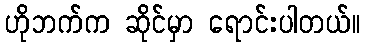
ဟိုဘက်က ဆိုင်မှာ ရောင်းပါတယ်။